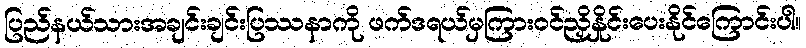
ပြည်နယ်သားအချင်းချင်းပြဿနာကို ဖက်ဒရယ်မှကြားဝင်ညှိနှိုင်းပေးနိုင်ကြောင်းပါ။